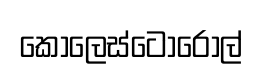
කොලෙස්ටෝරෝල්